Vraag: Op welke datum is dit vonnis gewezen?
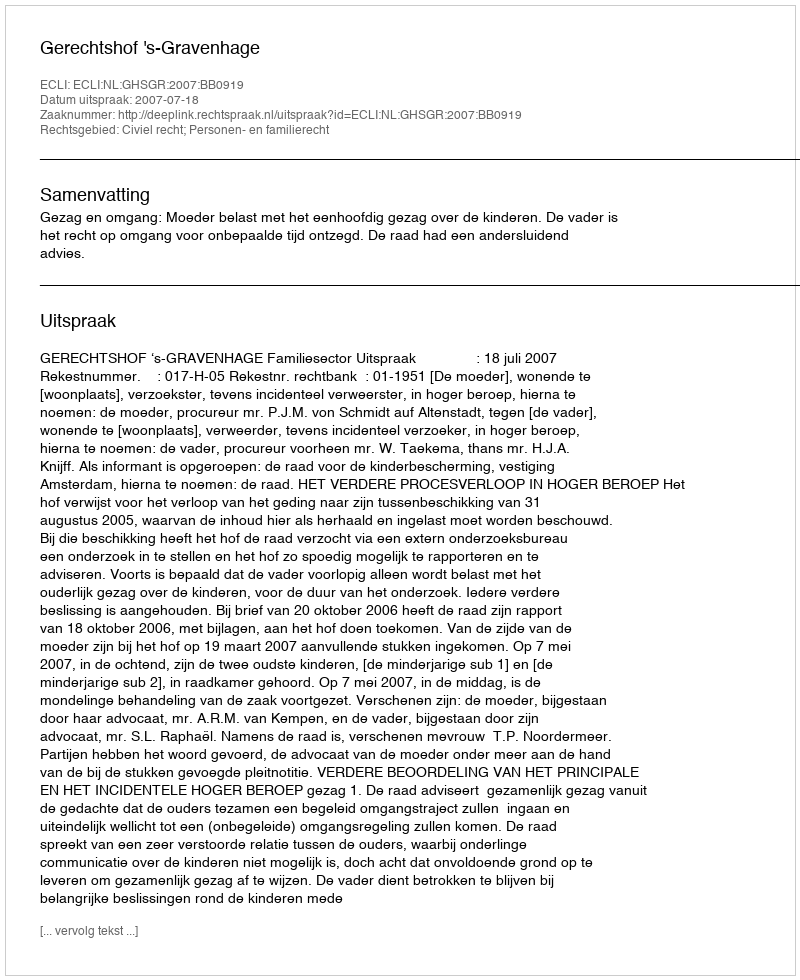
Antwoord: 2007-07-18